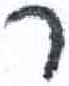
אות: ר